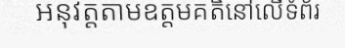
អនុវត្តតាមឧត្តមគតិនៅលើទំព័រ